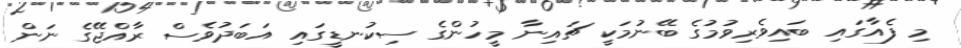
މި ފެއާގައި ބައިވެރިވުމުގެ ބޭނުމަކީ ޗައިނާ މީހުންގެ ސިކުނޑީގައި އަބަދުވެސް ރާއްޖޭގެ ނަން